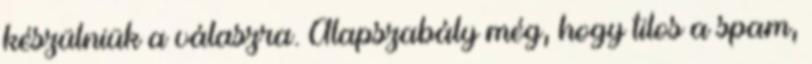
készülniük a válaszra. Alapszabály még, hogy tilos a spam,